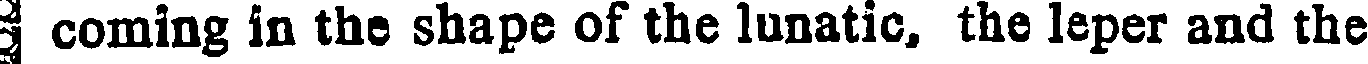
coming in the shape of the lunatic, the leper and the